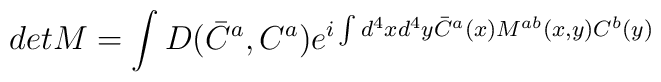
detM=\int D(\bar C^a,C^a)e^{i\int d^4xd^4y\bar C^a(x)M^{ab}(x,y)C^b(y)}